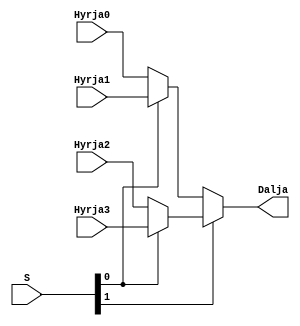
`timescale 1ns / 1ps
//////////////////////////////////////////////////////////////////////////////////
// Company: 
// Engineer: 
// 
// Design Name: 
// Module Name: mux4ne1
// Project Name: 
// Target Devices: 
// Tool Versions: 
// Description: 
// 
// Dependencies: 
// 
// Revision:
// Revision 0.01 - File Created
// Additional Comments:
// 
//////////////////////////////////////////////////////////////////////////////////


module mux4ne1(
    input Hyrja0,
    input Hyrja1,
    input Hyrja2,
    input Hyrja3,
    input [1:0] S,
    output Dalja
    );
    
    assign Dalja = S[1] ? (S[0] ? Hyrja3 : Hyrja2) : (S[0] ? Hyrja1 : Hyrja0);
    
endmodule